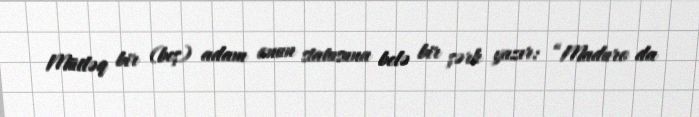
Mütləq bir (beş) adam onun statusuna belə bir şərh yazır: “Maduro da